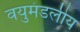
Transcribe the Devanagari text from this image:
वयुमंडलीय